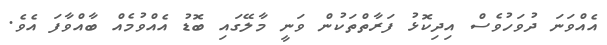
އެއްވަނަ ދުވަހުވެސް އިދިކޮޅު ފަރާތްތަކުން ވަނީ މާލޭގައި ބޮޑު އެއްވުމެއް ބާއްވާފަ އެވެ.